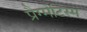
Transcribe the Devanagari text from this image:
प्रैग्मेटिस्म